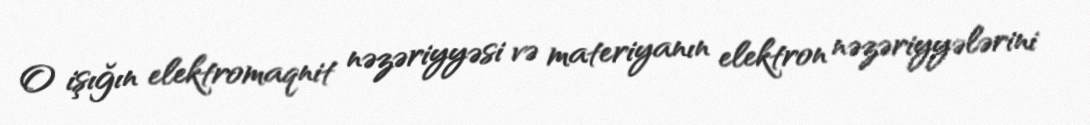
O işığın elektromaqnit nəzəriyyəsi və materiyanın elektron nəzəriyyələrini